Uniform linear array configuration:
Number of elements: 32
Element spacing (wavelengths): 0.25
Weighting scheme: uniform
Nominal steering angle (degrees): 0
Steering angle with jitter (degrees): -0.7102
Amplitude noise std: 0.05
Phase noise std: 0.05

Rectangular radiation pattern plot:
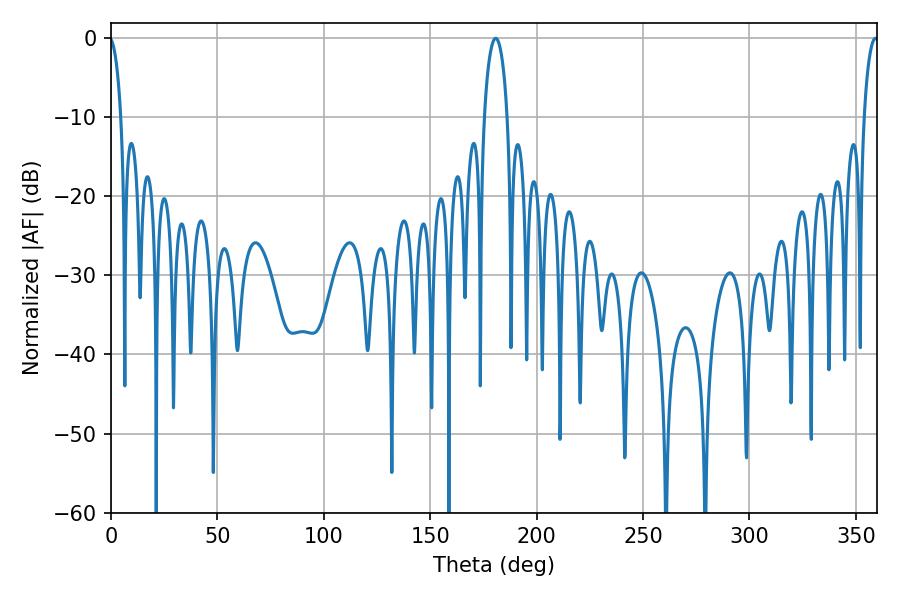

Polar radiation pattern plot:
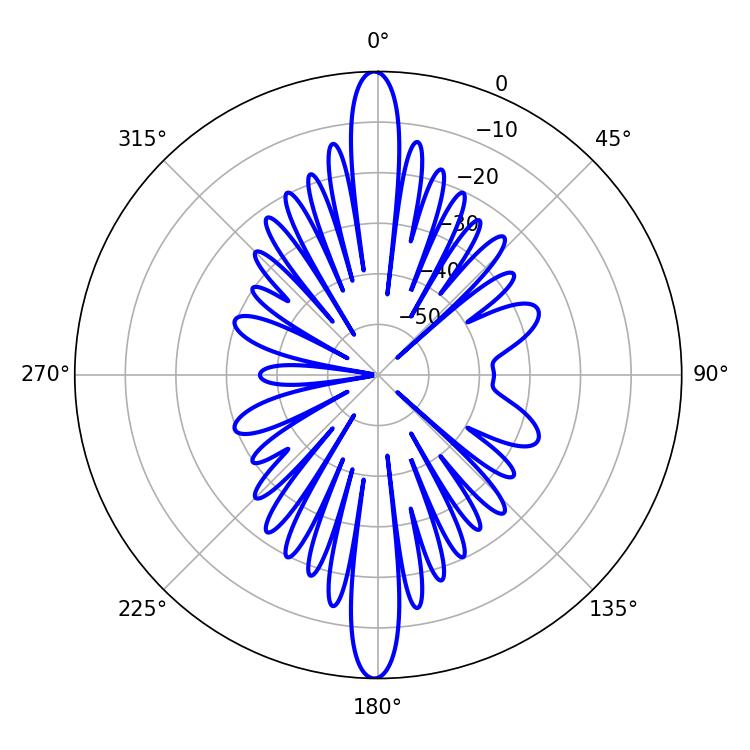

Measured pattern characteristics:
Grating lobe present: FALSE
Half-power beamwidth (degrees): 6.12
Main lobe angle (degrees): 180.72